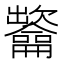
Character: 𲎯